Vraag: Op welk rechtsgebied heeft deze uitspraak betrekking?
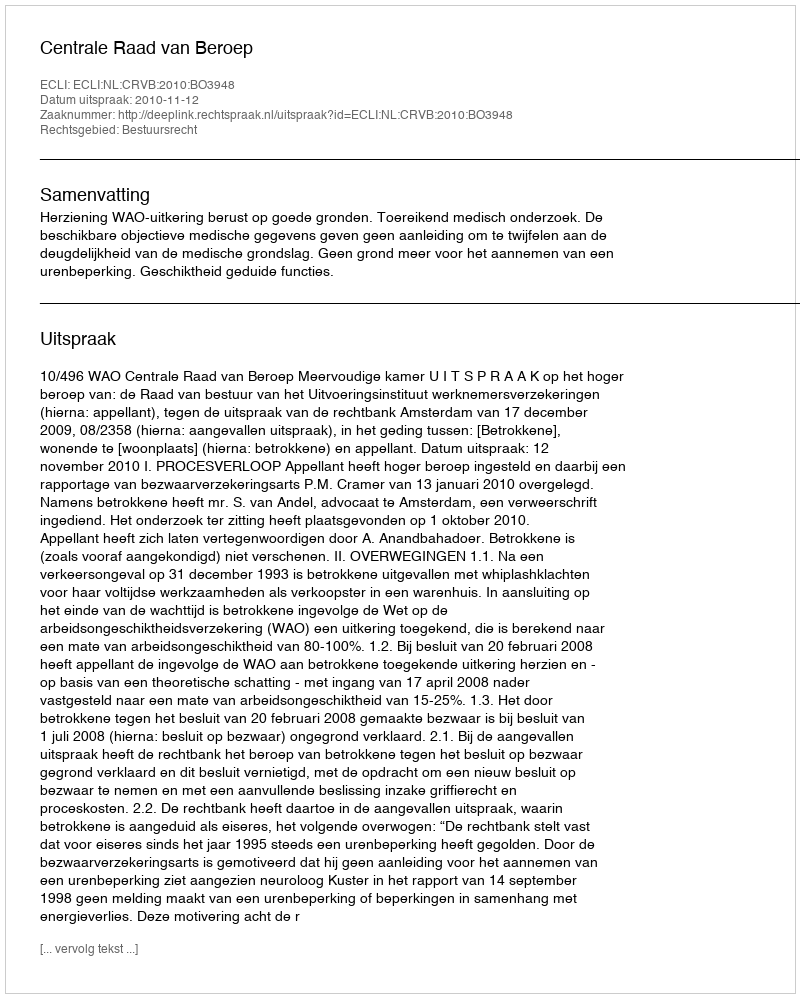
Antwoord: Bestuursrecht